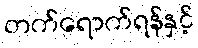
တက်ရောက်ရန်နှင့်